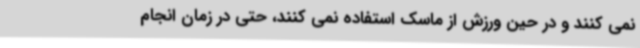
نمی کنند و در حین ورزش از ماسک استفاده نمی کنند، حتی در زمان انجام